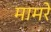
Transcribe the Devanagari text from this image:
मामरे